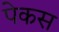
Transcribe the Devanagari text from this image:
पेकस